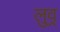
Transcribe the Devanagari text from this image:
लुव्र